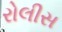
રોલીસ